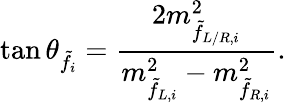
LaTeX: \tan\theta_{\tilde{f}_{i}}=\frac{2m_{\tilde{f}_{L/R,i}}^{2}}{m_{\tilde{f}_{L,i}}^{2}-m_{\tilde{f}_{R,i}}^{2}}.